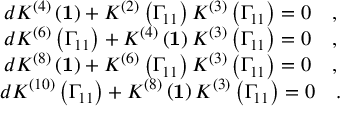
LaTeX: \begin{array} { c } { { d K ^ { \left( 4 \right) } \left( { \bf 1 } \right) + K ^ { \left( 2 \right) } \left( \Gamma _ { 1 1 } \right) K ^ { \left( 3 \right) } \left( \Gamma _ { 1 1 } \right) = 0 \quad , } } \\ { { d K ^ { \left( 6 \right) } \left( \Gamma _ { 1 1 } \right) + K ^ { \left( 4 \right) } \left( { \bf 1 } \right) K ^ { \left( 3 \right) } \left( \Gamma _ { 1 1 } \right) = 0 \quad , } } \\ { { d K ^ { \left( 8 \right) } \left( { \bf 1 } \right) + K ^ { \left( 6 \right) } \left( \Gamma _ { 1 1 } \right) K ^ { \left( 3 \right) } \left( \Gamma _ { 1 1 } \right) = 0 \quad , } } \\ { { d K ^ { \left( 1 0 \right) } \left( \Gamma _ { 1 1 } \right) + K ^ { \left( 8 \right) } \left( { \bf 1 } \right) K ^ { \left( 3 \right) } \left( \Gamma _ { 1 1 } \right) = 0 \quad . } } \end{array}